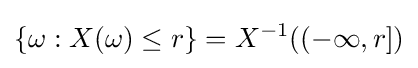
\{\omega :X(\omega )\leq r\}=X^{-1}((-\infty ,r])